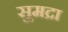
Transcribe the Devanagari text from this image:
सुमद्रा